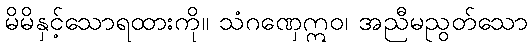
မိမိနှင့်သောရထားကို။ သံဂဏှေဣဝ၊ အညီမညွတ်သော